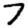
Digit: 7